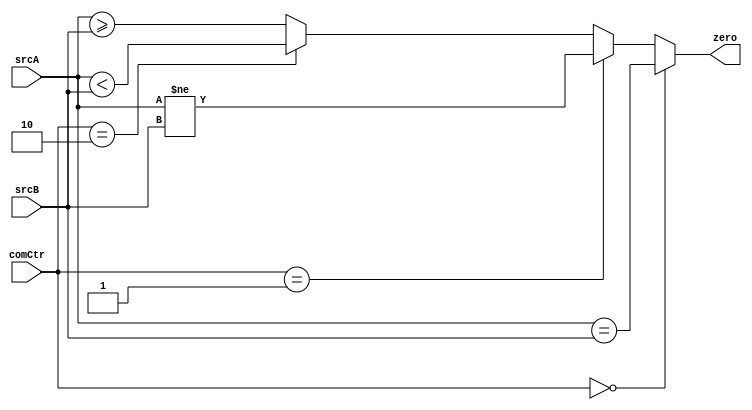
//----------------------------------------------------------------------------------------------------------
// 	
//	ABSTRACT:	Single-Cycle Processor Unit
// 	KEYWORDS:	fpga, basic modulesignal process
// 
// 	MODIFICATION HISTORY:
//	$Log$
//			Biggest_apple 		2023.8.14			create
//-----------------------------------------------------------------------------------------------------------
module compu(
	input	[31:0]			srcA,
	input	[31:0]			srcB,
	
	input	[1:0]			comCtr,
	output	zero
);

assign zero	=	(comCtr ==2'b00)? (srcA ==srcB):
				(comCtr ==2'b01)? (srcA !=srcB):
				(comCtr ==2'b10)? (srcA <srcB):(srcA >=srcB);
endmodule